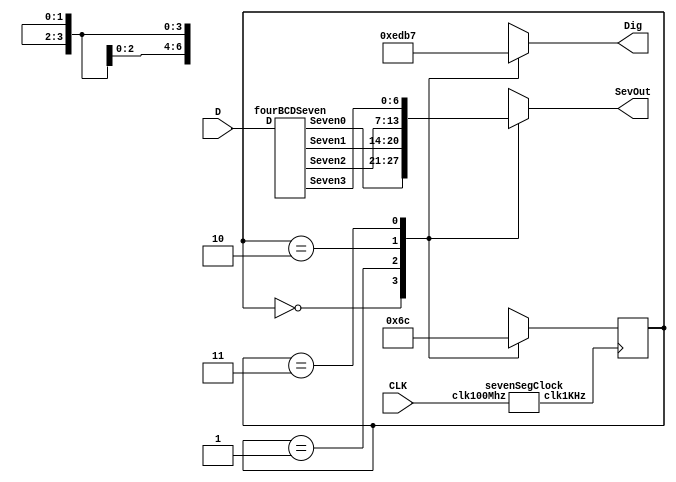
module sevenSeg(CLK, D, SevOut, Dig);
	input CLK;
	input [15:0] D;
	output reg [6:0] SevOut;
	output reg [3:0] Dig;
	reg [1:0] State, NextState;

	wire [6:0] Seven0, Seven1, Seven2, Seven3;
	fourBCDSeven bcdToSeven(D, Seven0, Seven1, Seven2, Seven3);

	initial begin
		State <= 0;
	end

	always @* begin
		case (State)
			0: begin
				SevOut <= Seven0;
				Dig <= 4'b1110;
				NextState <= 1;
			end
			1: begin
				SevOut <= Seven1;
				Dig <= 4'b1101;
				NextState <= 2;
			end
			2: begin
				SevOut <= Seven2;
				Dig <= 4'b1011;
				NextState <= 3;
			end
			3: begin
				SevOut <= Seven3;
				Dig <= 4'b0111;
				NextState <= 0;
			end
		endcase
	end

	sevenSegClock sevenClk(CLK, clk100Hz);

	always @(posedge clk100Hz) begin
		State <= NextState;
	end
endmodule

module fourBCDSeven(D, Seven0, Seven1, Seven2, Seven3);
    input [15:0] D;
    output [7:1] Seven0, Seven1, Seven2, Seven3;
    wire [3:0] Dig0, Dig1, Dig2, Dig3;

    assign Dig0 = D[3:0];
    assign Dig1 = D[7:4];
    assign Dig2 = D[11:8];
    assign Dig3 = D[15:12];

    bcd_seven bcd0(Dig0, Seven0);
    bcd_seven bcd1(Dig1, Seven1);
    bcd_seven bcd2(Dig2, Seven2);
    bcd_seven bcd3(Dig3, Seven3);
endmodule

module bcd_seven(bcd, seven);
    input [3:0] bcd;
    output reg [7:1] seven;

    always @(bcd) begin
        case (bcd)
            4'b0000 : seven = 7'b1000000;
            4'b0001 : seven = 7'b1111001;
            4'b0010 : seven = 7'b0100100;
            4'b0011 : seven = 7'b0110000;
            4'b0100 : seven = 7'b0011001;
            4'b0101 : seven = 7'b0010010;
            4'b0110 : seven = 7'b0000010;
            4'b0111 : seven = 7'b1111000;
            4'b1000 : seven = 7'b0000000;
            4'b1001 : seven = 7'b0010000;
						4'b1010 : seven = 7'b0001000;
						4'b1011 : seven = 7'b0000011;
						4'b1100 : seven = 7'b1000110;
						4'b1101 : seven = 7'b0100001;
						4'b1110 : seven = 7'b0000110;
						4'b1111 : seven = 7'b0001110;
            default : seven = 7'b1111111;
        endcase
    end
endmodule

module sevenSegClock(clk100Mhz, clk1KHz);
  input clk100Mhz; //fast clock
  output reg clk1KHz; //slow clock

  reg[15:0] counter;

  initial begin
    counter = 0;
    clk1KHz = 0;
  end

  always @ (posedge clk100Mhz) begin
    if(counter == 16'd50000) begin
      counter <= 1;
      clk1KHz <= ~clk1KHz;
    end
    else begin
      counter <= counter + 1;
    end
  end
endmodule